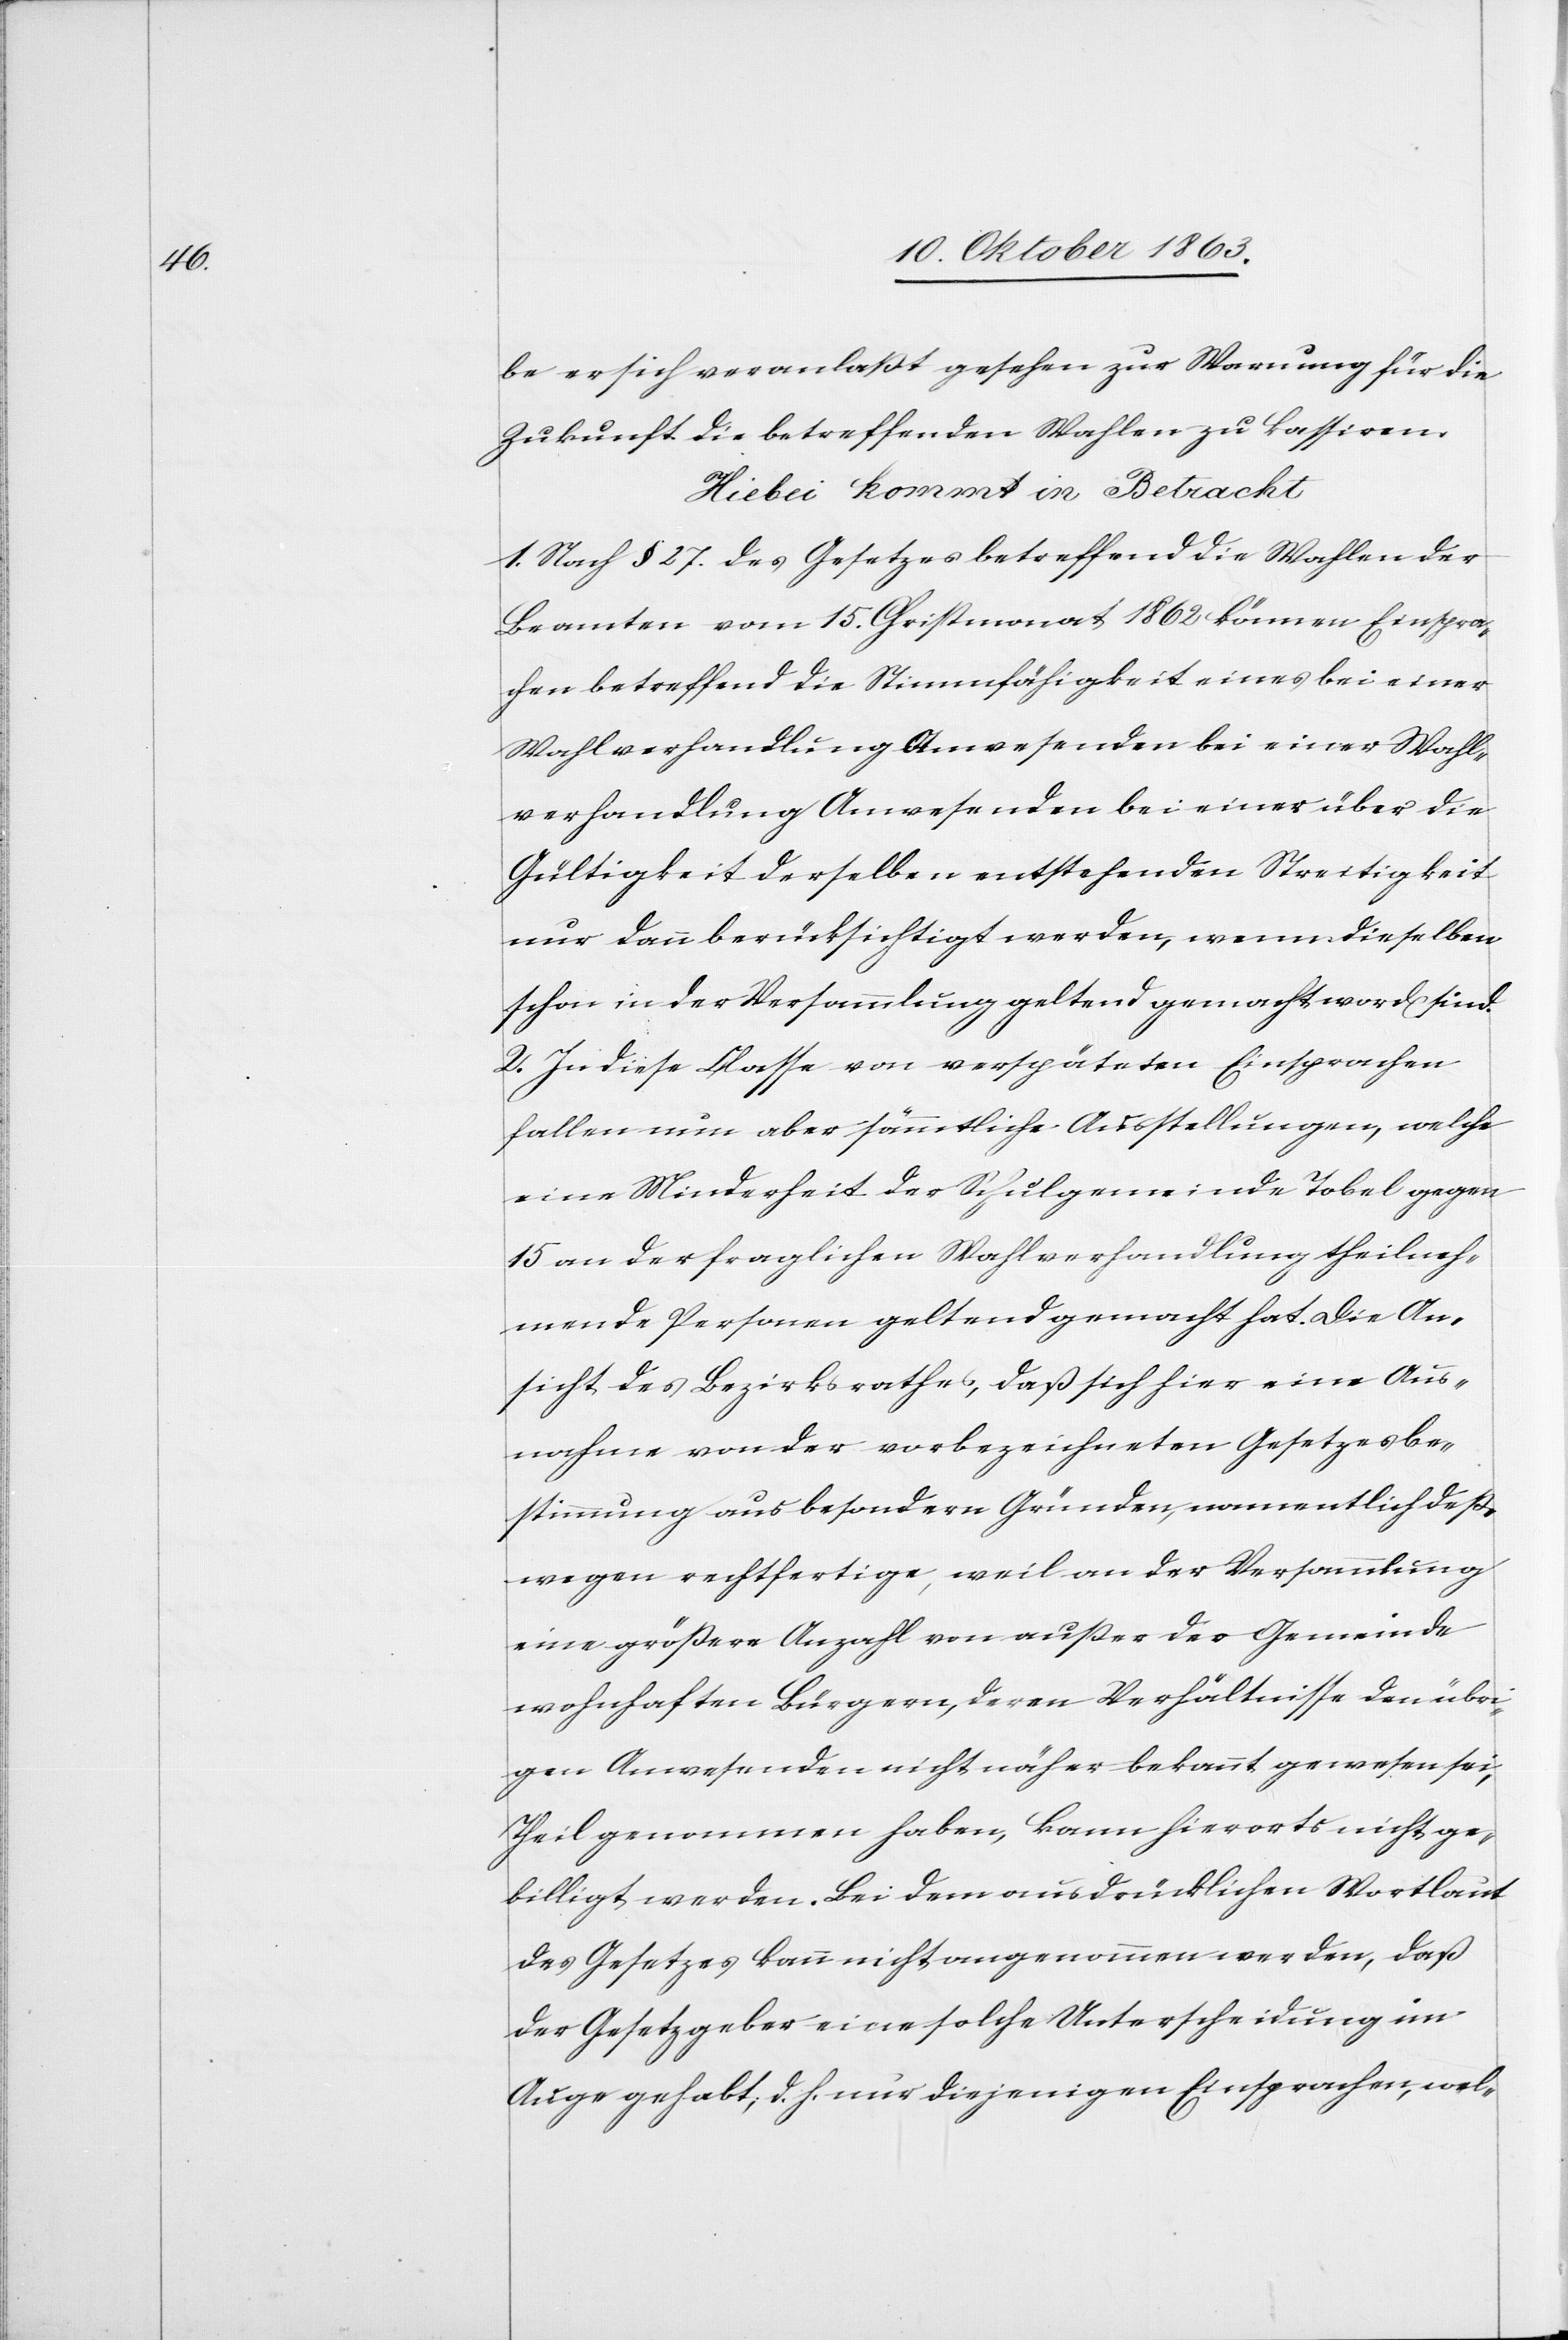
be er sich veranlaßt gesehen zur Warnung für die
Zukunft die betreffenden Wahlen zu kassiren.
Hiebei kommt in Betracht
1. Nach § 27. des Gesetzes betreffend die Wahlen der
Beamten vom 15. Christmonat 1862 können Einspra¬
chen betreffend die Stimmfähigkeit eines bei einer
Wahlverhandlung Anwesenden bei einer Wahl¬
verhandlung Anwesenden [sic!] bei einer über die
Gültigkeit derselben entstehenden Streitigkeit
nur dann berücksichtigt werden, wenn dieselben
schon in der Versammlung geltend gemacht word[en] sind.
2. In diese Classe von verspäteten Einsprachen
fallen nun aber sämmtliche Ausstellungen, welche
eine Minderheit der Schulgemeinde Tobel gegen
15 an der fraglichen Wahlverhandlung theilneh¬
mende Personen geltend gemacht hat. Die An¬
sicht des Bezirksrathes, daß sich hier eine Aus¬
nahme von der vorbezeichneten Gesetzesbe¬
stimmung aus besondern Gründen, namentlich deß¬
wegen rechtfertige, weil an der Versammlung
eine größere Anzahl von außer der Gemeinde
wohnhaften Bürgern, deren Verhältnisse den übri¬
gen Anwesenden nicht näher bekannt gewesen sei,
Theil genommen haben, kann hierorts nicht ge¬
billigt werden. Bei dem ausdrücklichen Wortlaut
des Gesetzes kann nicht angenommen werden, daß
der Gesetzgeber eine solche Unterscheidung im
Auge gehabt; d. h. nur diejenigen Einsprachen, wel-